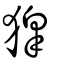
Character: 獋